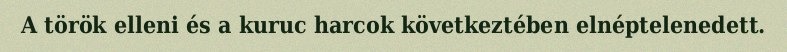
A török elleni és a kuruc harcok következtében elnéptelenedett.